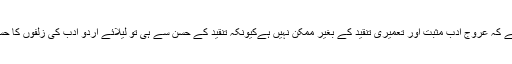
ایک بات یاد رکھیئے کہ عروج ادب مثبت اور تعمیری تنقید کے بغیر ممکن نہیں ہےکیونکہ تنقید کے حسن سے ہی تو لیلائے اردو ادب کی زلفوں کا حسن دو آتشہ ہوتا ہے۔